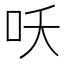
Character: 㕭